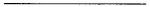
——————